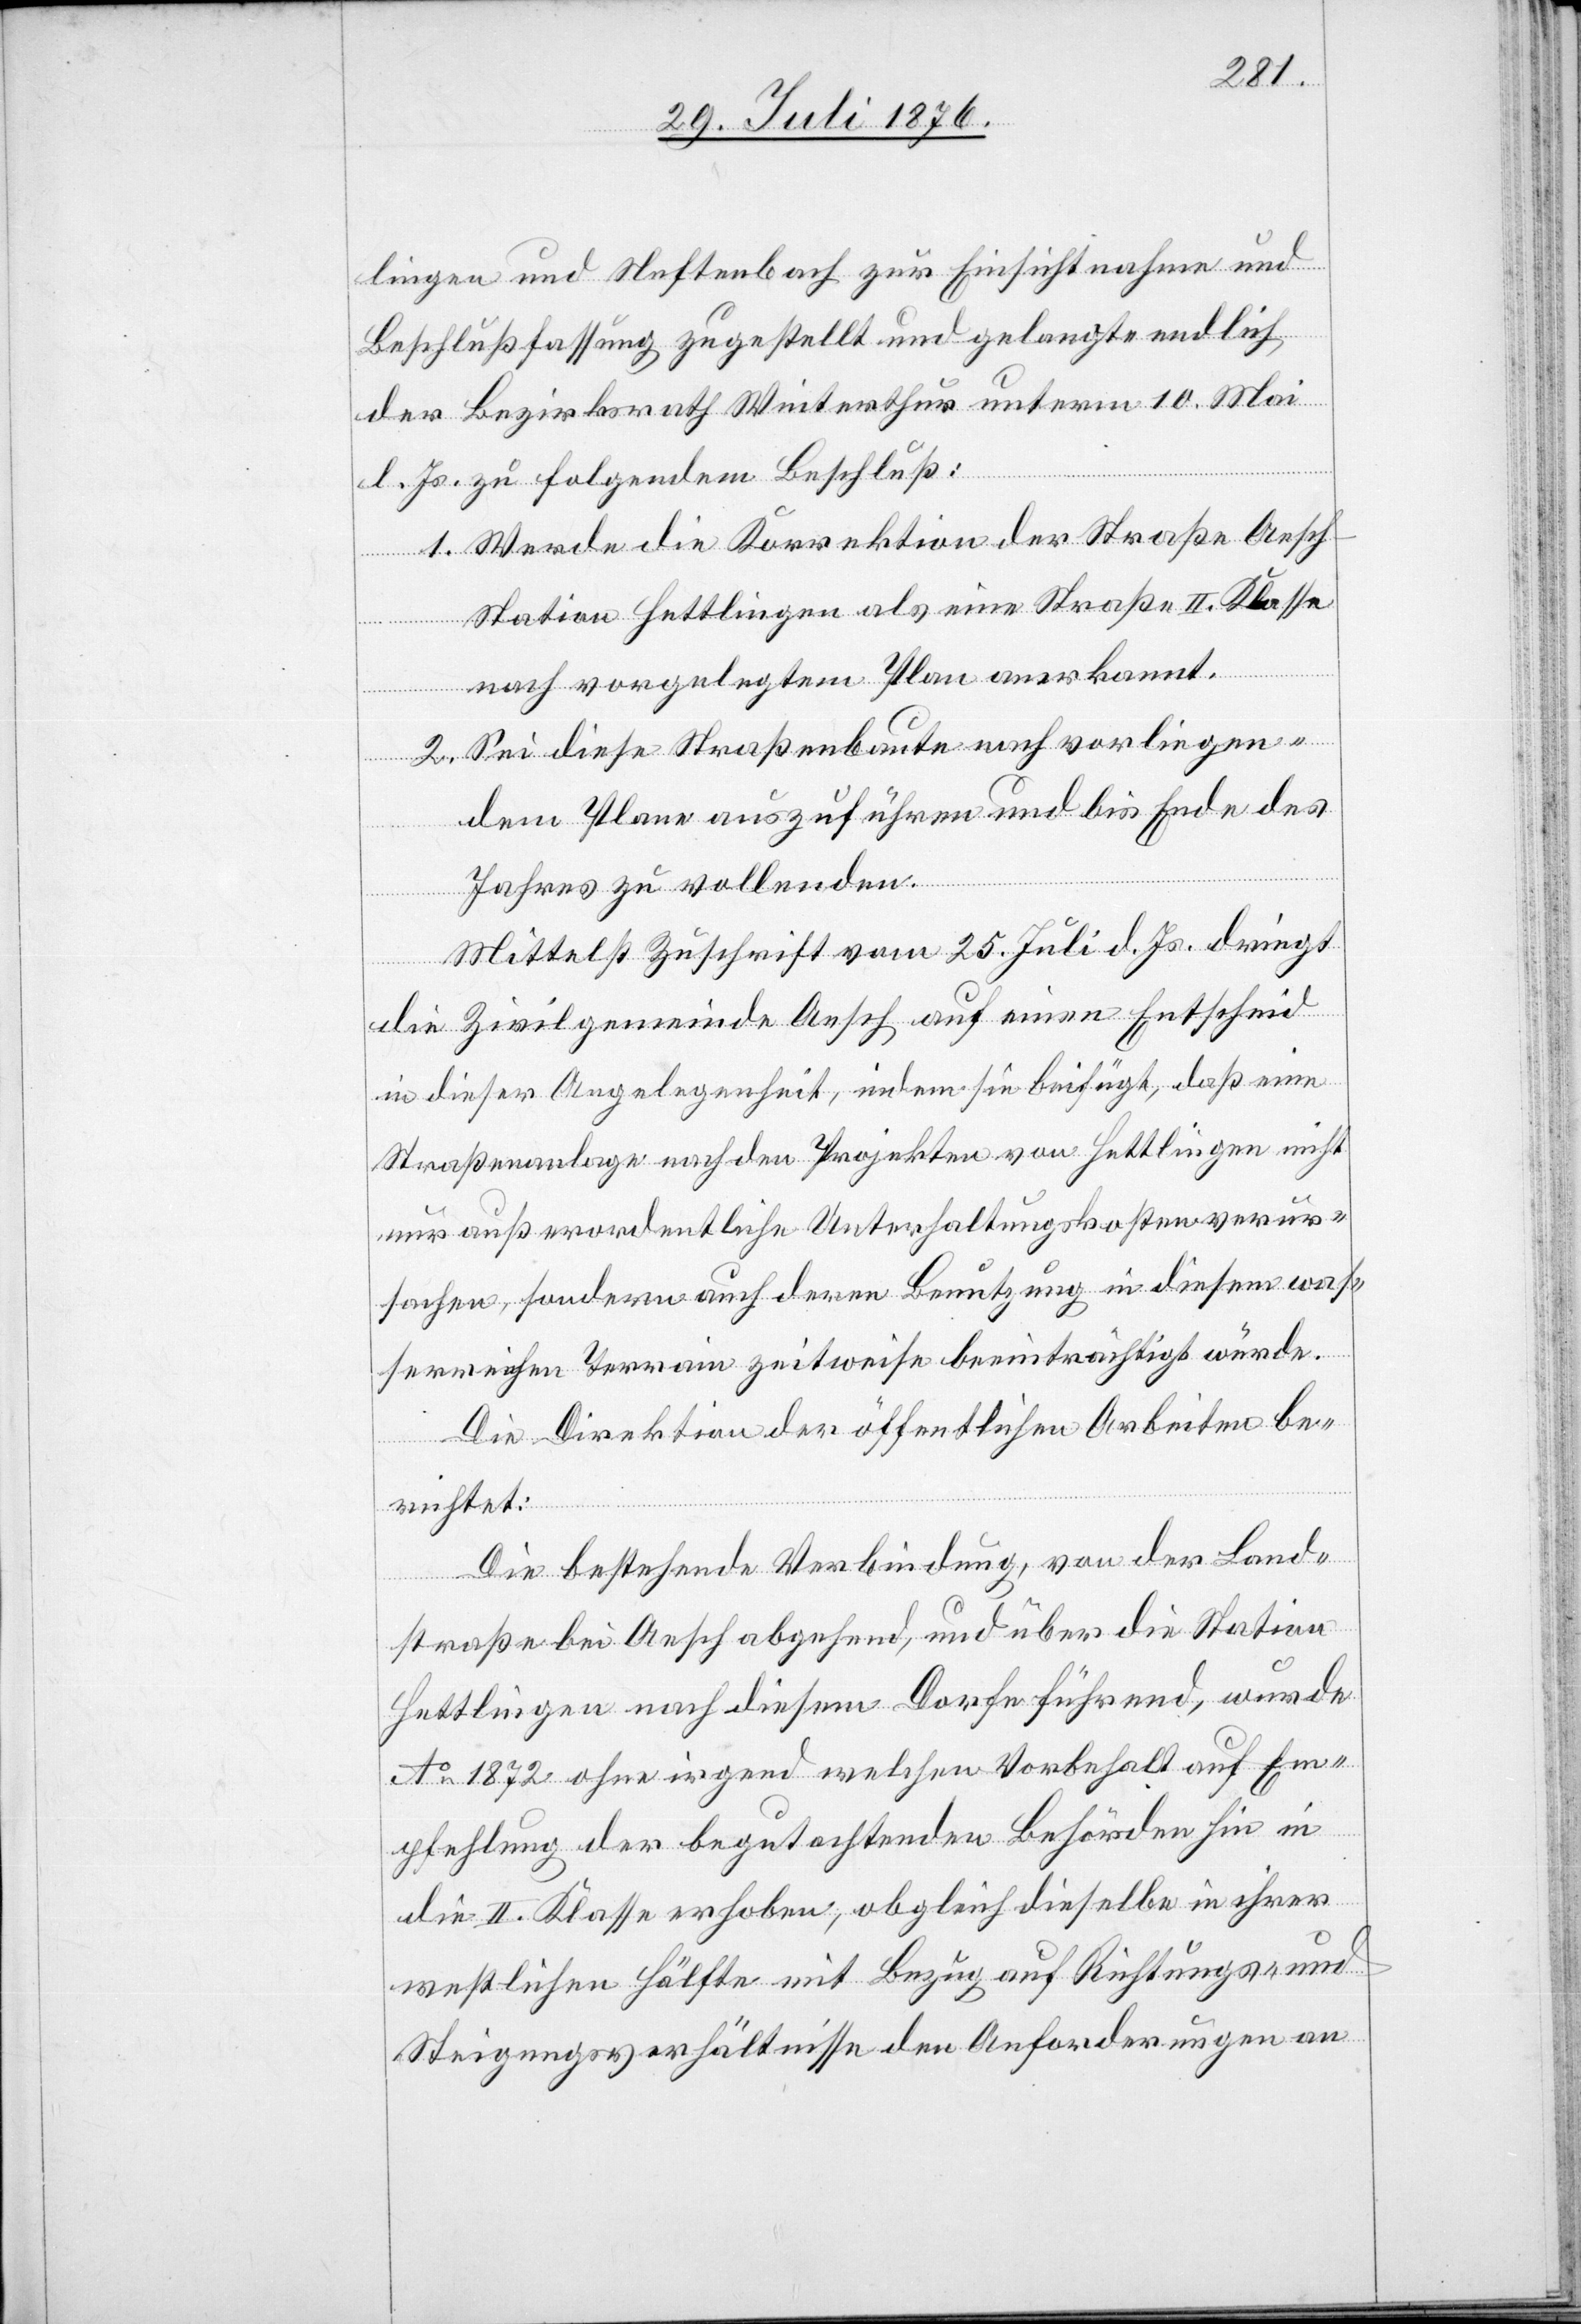
lingen und Neftenbach zur Einsichtnahme und
Beschlußfassung zugestellt und gelangte endlich
der Bezirksrath Winterthur unterm 10. Mai
l. Js. zu folgendem Beschluß:
1. Werde die Korrektion der Straße Aesc¬
h-Station Hettlingen als eine Straße II. Klasse
nach vorgelegtem Plan anerkannt.
2. Sei diese Straßenbaute nach vorliegen¬
dem Plane auszuführen und bis Ende des
Jahres zu vollenden.
Mittelst Zuschrift vom 25. Juli d. Js. dringt
die Zivilgemeinde Aesch auf einen Entscheid
in dieser Angelegenheit, in sie beifügt, daß eine
Straßenanlage nach den Projekten von Hettlingen nicht
nur außerordentliche Unterhaltungskosten verur¬
sachen, sondern auch deren Benutzung in diesem was¬
serreichen Terrain zeitweise beeinträchtigt würde.
Die Direktion der öffentlichen Arbeiten be¬
richtet:
Die bestehende Verbindung, von der Land¬
straße bei Aesch abgehend, und über die Station
Hettlingen nach diesem Dorfe führend, wurde
Ao 1872 ohne irgend welchen Vorbehalt auf Em¬
pfehlung der begutachtenden Behörden hin in
die II. Klasse erhoben, obgleich dieselbe in ihrer
westlichen Hälfte mit Bezug auf Richtungs- und
Steigungsverhältnisse den Anforderungen an